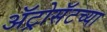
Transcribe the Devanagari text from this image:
ॲट्रोसॅटच्या